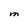
Character: M